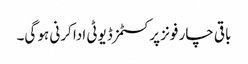
باقی چار فونز پر کسٹمز ڈیوٹی ادا کرنی ہو گی۔